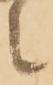
之